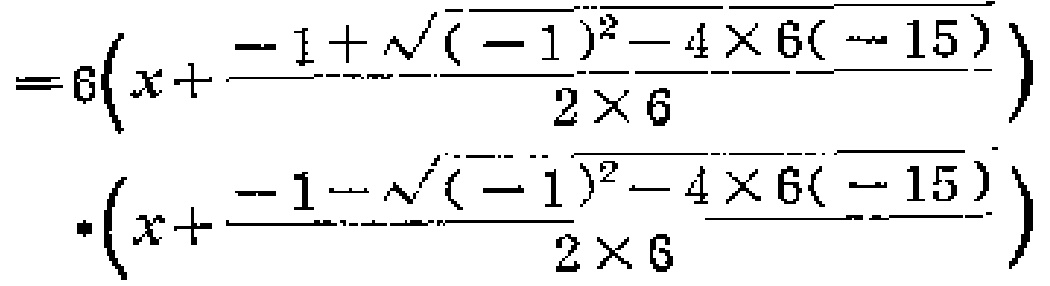
\[

\begin{align*}

=&6\left(x + \frac{- 1+\sqrt{(-1)^{2}-4\times6(- 15)}}{2\times6}\right)\\

&\cdot\left(x+\frac{-1 - \sqrt{(-1)^{2}-4\times6(-15)}}{2\times6}\right)

\end{align*}

\]